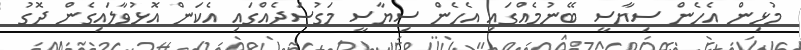
މުޅިން އެހެން ސިޔާސީ ބޭނުމެއްގައި އެހެން ސިޔާސީ މަގުސަދެއްގައި އެކަން އޮޅުވާލައިގެން ދޮގު